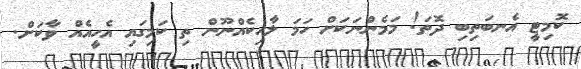
ކޮމިޓީ އެނބަތިބި ދޮތަ! މަމެންނަކަށް ހަމަ ލާހިކެއްނޫން ތި ކަމިގައި އެހީއެއް ވާކަށް.